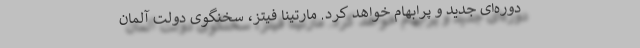
دوره‌ای جدید و پرابهام خواهد کرد. مارتینا فیتز، سخنگوی دولت آلمان